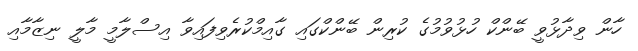
ހާން ވިދާޅުވީ ބޭންކް ހުޅުވުމުގެ ކުރިން ބޭންކްގައި ގާއިމްކުރެވިފައިވާ އިސްލާމީ މާލީ ނިޒާމާއި